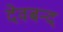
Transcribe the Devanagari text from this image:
देवबन्‍द